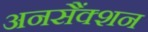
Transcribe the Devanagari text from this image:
अनसैंक्शन